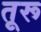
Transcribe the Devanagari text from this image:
तूरू